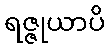
ရဇ္ဇုယာပိ